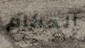
الحكام